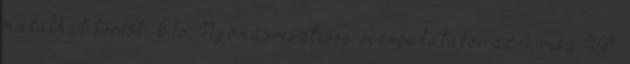
mutathat törést. 6.13. Nyomásveszteség vizsgálatakor az 1. rész VI.